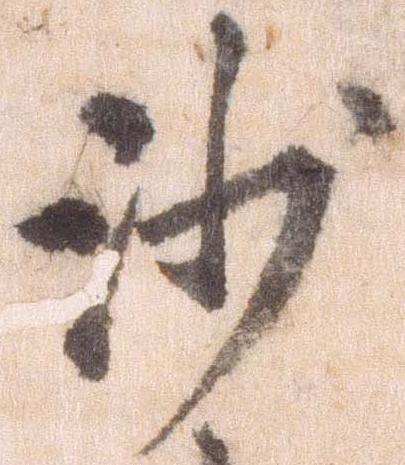
沙